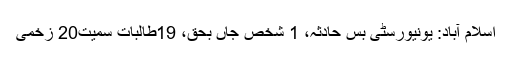
اسلام آباد: یونیورسٹی بس حادثہ، 1 شخص جاں بحق، 19طالبات سمیت20 زخمی